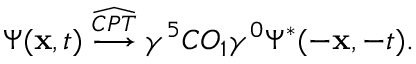
\Psi ( { \bf x } , t ) \stackrel { \widehat { \cal C P T } } \longrightarrow \gamma ^ { 5 } C O _ { 1 } \gamma ^ { 0 } \Psi ^ { * } ( - { \bf x } , - t ) .